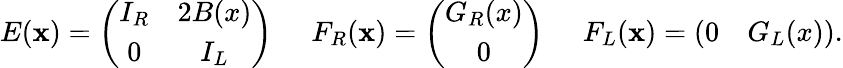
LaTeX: E(\mathbf{x})=\left(\begin{array}{cc}{{I_{R}}}&{{2B(x)}}\\ {{0}}&{{I_{L}}}\end{array}\right)\; \; \; \; \; F_{R}(\mathbf{x})=\left(\begin{array}{c}{{G_{R}(x)}}\\ {{0}}\end{array}\right)\; \; \; \; \; F_{L}(\mathbf{x})=\left(\begin{array}{cc}{{0}}&{{G_{L}(x)}}\end{array}\right).